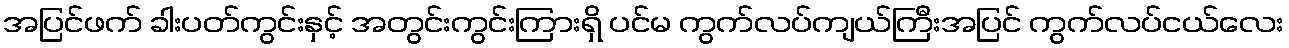
အပြင်ဖက် ခါးပတ်ကွင်းနှင့် အတွင်းကွင်းကြားရှိ ပင်မ ကွက်လပ်ကျယ်ကြီးအပြင် ကွက်လပ်ငယ်လေး